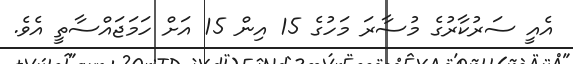
އެއީ ސަރުކާރުގެ މުސާރަ މަހުގެ 15 އިން 15 އަށް ހަމަޖައްސާތީ އެވެ.